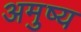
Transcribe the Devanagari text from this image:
अमुष्य